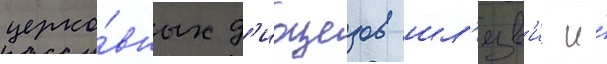
церко́вных д'иоцезов шл'езв'иг и́